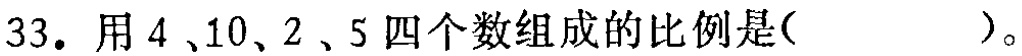
33. 用 \(4\)、\(10\)、\(2\)、\(5\) 四个数组成的比例是( )。